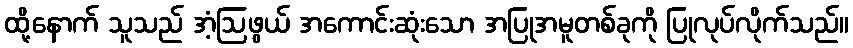
ထို့နောက် သူသည် အံ့ဩဖွယ် အကောင်းဆုံးသော အပြုအမူတစ်ခုကို ပြုလုပ်လိုက်သည်။